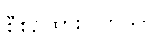
စီစဉ်ထားပါတယ်။